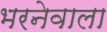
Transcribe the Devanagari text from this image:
भरनेवाला